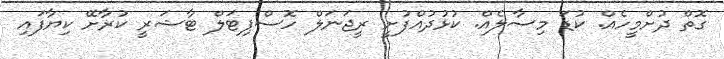
ގޮތް ދުށްމީހެއް. ކުޑަ މިސާލެއް. ކުޅުދުއްފުށީ ރީޖަނަލް ހޮސްޕިޓަލް ޓާޝަރީ ކުރާށޭ ކިޔާފައި